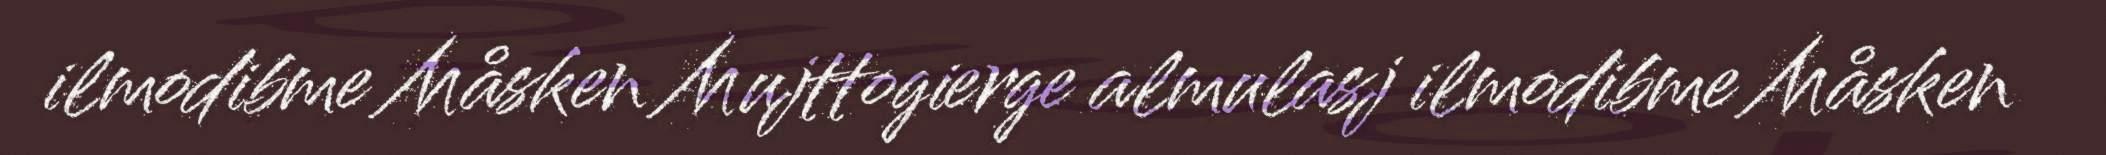
ilmodibme Måsken Mujttogierge almulasj ilmodibme Måsken